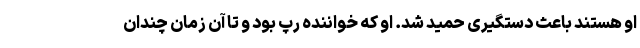
او هستند باعث دستگیری حمید شد. او که خواننده رپ بود و تا آن زمان چندان